Medical and sanitary report of the native army of Bengal for the year
Year: 1876
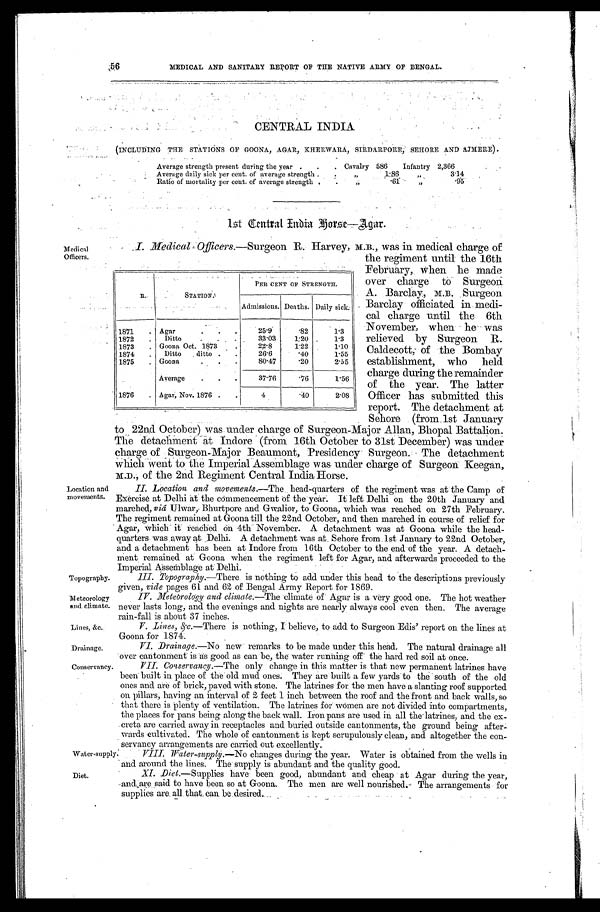
Topography.
Meteorology
and climate.
Lines, &c.,
Drainage.
Water-supply.
Diet.
MEDICAL AND SANITARY REPORT OF THE NATIVE ARMY OF BENGAL.
Medical
Officers.
CENTRAL INDIA
(INCLUDING THE STATIONS OF GOONA, AGAR, KHERWARA, SIRDARPORE, SEHORE AND AJMER).
Average strength present during the year . . .
Cavalry 586
Infantry 2,366
Average daily sick per cent. of average strength . . .
"
1.86
"
3.14
Ratio of mortality per cent. of average strength
. . .
"
. 6 1"
. 9 5
1st Central India Gorse—Agar.
I. Medical Officers. —Surgeon R. Harvey, M.B., was in medical charge of
the regiment until the 16th
February, when he made
over charge to Surgeon
A. Barclay, M.B. Surgeon
Barclay officiated in medi
-
cal charge until the 6th
November, when he was
relieved by Surgeon R.
Caldecott, of the Bombay
establishment, who held
charge during the remainder
of the year. The latter
Officer has submitted this
report. The detachment at
Sehore (from 1st January
to 22nd October) was under charge of Surgeon-Major Allan, Bhopal Battalion.
The detachment at Indore (from 16th October to 31st December) was under
charge of Surgeon-Major Beaumont, Presidency Surgeon. The detachment
which went to the Imperial Assemblage was under charge of Surgeon Keegan,
M.D., of the 2nd Regiment Central India Horse.
R .
STATION.
PER CENT OF STRENGTH.
Admissions. Deaths. Daily sick.
1871 . . .
Agar . . .
25.9
.82
1 . 3
1872 . . .
Ditto . . .
33.03
1.20
1.3
1873 . . .
Goona Oct. 1873 . . .
22.8
1.22
1 . 1 0
1874 . . .
Ditto ditto . . .
26.6
.40
1.55
1875 . . .
Goona . . .
80.47
.20
2.55
Average . . .
37.76
.76
1.56
1876 . . .
Agar, Nov. 1876 . . .
4
.40
2.08
Location and
movements.
Conservancy.
II. Location and movenzents.— The head-quarters of the regiment was at the Camp of
Exercise at Delhi at the commencement of the year It left Delhi on the 20th January and
marched, viâ Bhurtpore and Gwalior, to Goona, which was reached on 27th February.
The regiment remained at Goona till the 22nd October, and then marched in course of relief for
Agar, Which it reached oil 4th November. A detachment was at Goona while the head-
quarters was away at . Delhi. A detachment was at . Sehore from 1st January to 22nd October,
and a detachment has been at Indore from 16th October to the end of the year. A detach
-ment remained at Goona when the regiment left for Agar, and afterwards proceeded to the
Imperial Assemblage at Delhi.
III. Topography.—There is nothing to add under this head to the descriptions previously
given, vide pages 61 and 62 of Bengal Army Report for 1869.
IV. Meteorology and climate.—The climate of Agar is a very good one. The hot weather
never lasts long, and the evenings and nights are nearly always cool even then. The average
rain-fall is about 37 inches.
V. Lines, &c.— There is nothing, I believe, to add to Surgeon Edis' report on the lines at
Goona for 1874.
VI. Drainage.—No new . remarks to be made under this head. The natural drainage all
over cantonment is as good as can be, the water running off the hard red soil at once.
VII. Conservaney.— The only change in this matter is that new permanent latrines have
been built in place of the old mud ones. They are built a few yards to the south of the old
ones and are of brick, paved with stone. The latrines for the men have a slanting roof supported
on pillars, having an interval of 2 feet 1 inch between the roof and the front and back walls, so
that there is plenty of ventilation. The latrines for women are not divided into compartments,
the places for pans being along the back wall. Iron pans are used in all the-latrines, and the ex-
-creta are carried away in receptacles and buried outside cantonments, the ground being after
-wards cultivated. The whole of cantonment is kept scrupulously clean, and altogether the con-
servancy arrangements are carried out excellently.
VIII. Water-supply.—No changes during the year. Water is obtained from the wells in
and around the lines. The supply is abundant and the quality good.
Diet .—Supplies have been good, abundant and cheap at Agar during the year,
and are said to have been so at Goona. The men are well nourished. The arrangements for
supplies are all, that can be desired.